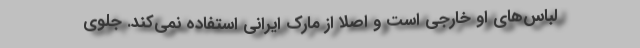
لباس‌های او خارجی است و اصلاً از مارک ایرانی استفاده نمی‌کند. جلوی